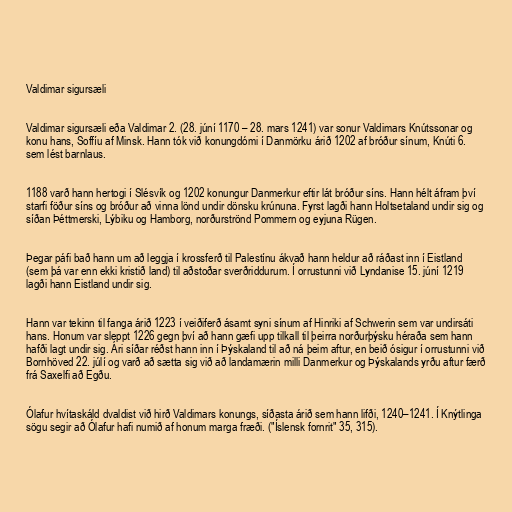
Valdimar sigursæli

Valdimar sigursæli eða Valdimar 2. (28. júní 1170 – 28. mars 1241) var sonur Valdimars Knútssonar og
konu hans, Soffíu af Minsk. Hann tók við konungdómi í Danmörku árið 1202 af bróður sínum, Knúti 6.
sem lést barnlaus.

1188 varð hann hertogi í Slésvík og 1202 konungur Danmerkur eftir lát bróður síns. Hann hélt áfram því
starfi föður síns og bróður að vinna lönd undir dönsku krúnuna. Fyrst lagði hann Holtsetaland undir sig og
síðan Þéttmerski, Lýbiku og Hamborg, norðurströnd Pommern og eyjuna Rügen.

Þegar páfi bað hann um að leggja í krossferð til Palestínu ákvað hann heldur að ráðast inn í Eistland
(sem þá var enn ekki kristið land) til aðstoðar sverðriddurum. Í orrustunni við Lyndanise 15. júní 1219
lagði hann Eistland undir sig.

Hann var tekinn til fanga árið 1223 í veiðiferð ásamt syni sínum af Hinriki af Schwerin sem var undirsáti
hans. Honum var sleppt 1226 gegn því að hann gæfi upp tilkall til þeirra norðurþýsku héraða sem hann
hafði lagt undir sig. Ári síðar réðst hann inn í Þýskaland til að ná þeim aftur, en beið ósigur í orrustunni við
Bornhöved 22. júlí og varð að sætta sig við að landamærin milli Danmerkur og Þýskalands yrðu aftur færð
frá Saxelfi að Egðu.

Ólafur hvítaskáld dvaldist við hirð Valdimars konungs, síðasta árið sem hann lifði, 1240–1241. Í Knýtlinga
sögu segir að Ólafur hafi numið af honum marga fræði. ("Íslensk fornrit" 35, 315).